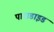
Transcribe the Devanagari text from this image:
पाराडाइड